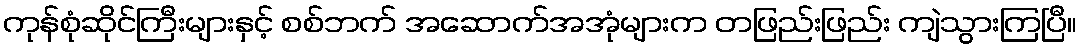
ကုန်စုံဆိုင်ကြီးများနှင့် စစ်ဘက် အဆောက်အအုံများက တဖြည်းဖြည်း ကျဲသွားကြပြီ။